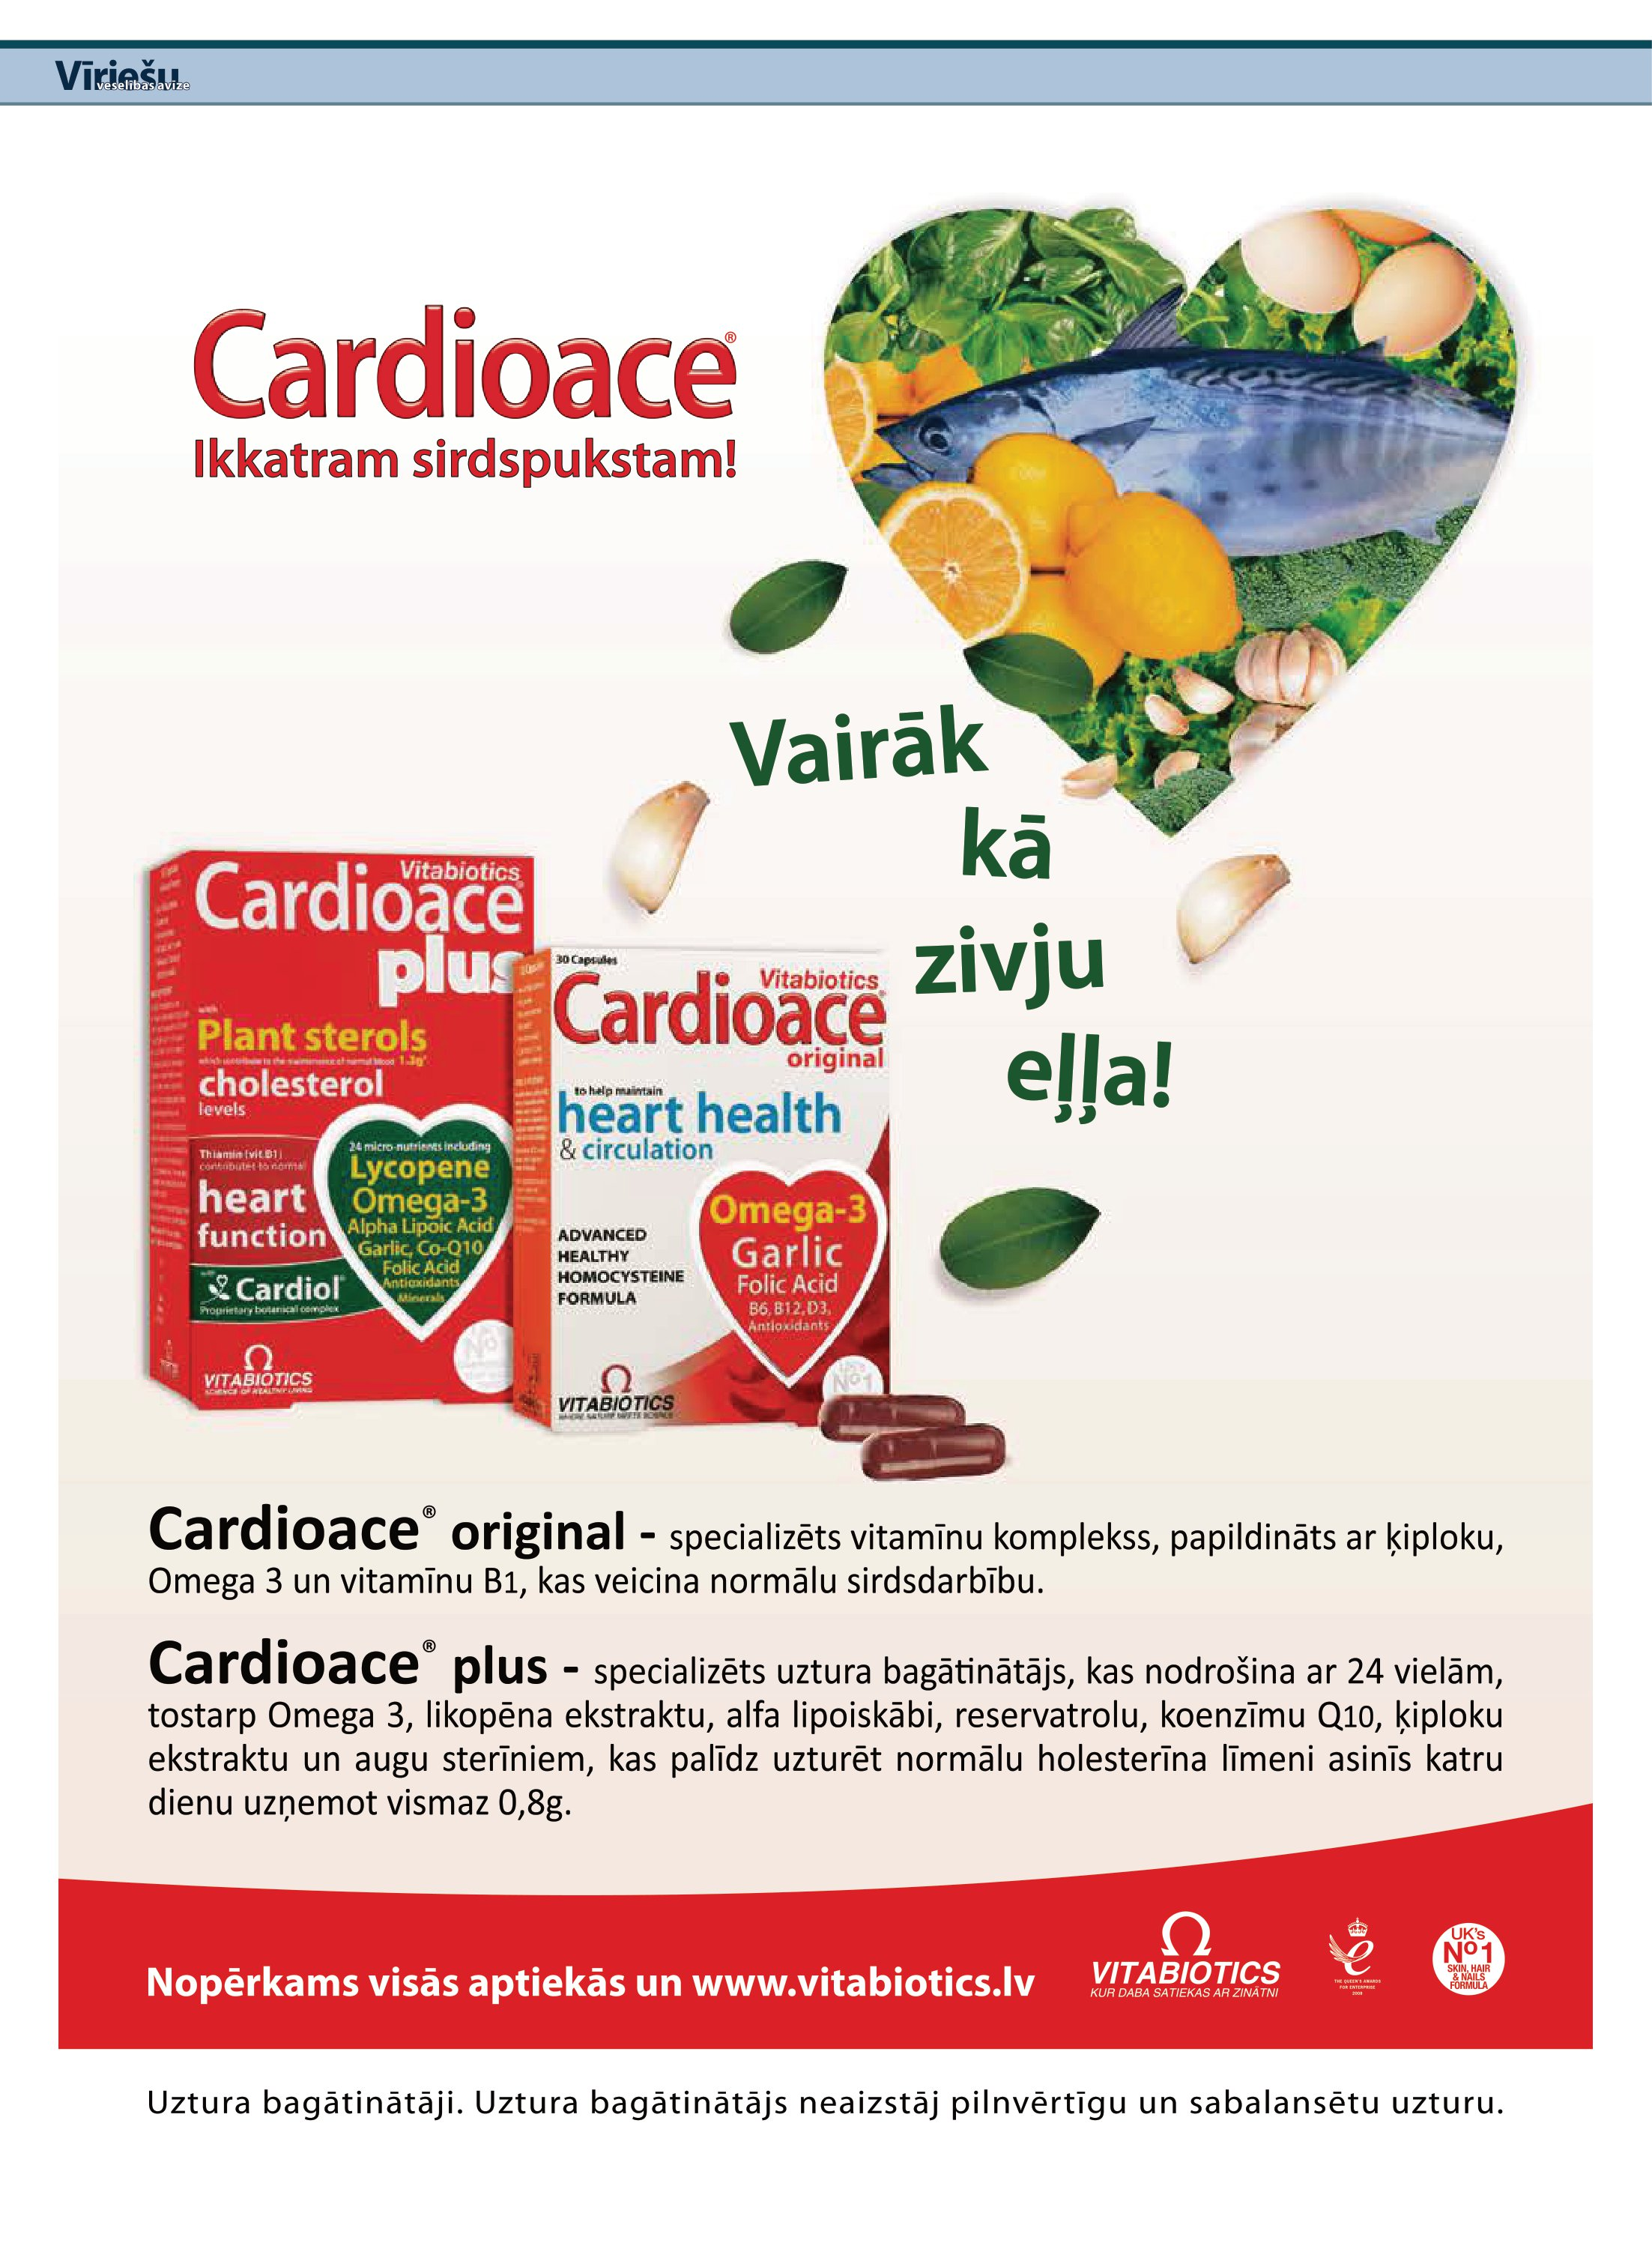
Language: lv